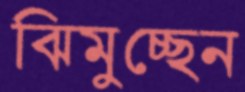
ঝিমুচ্ছেন